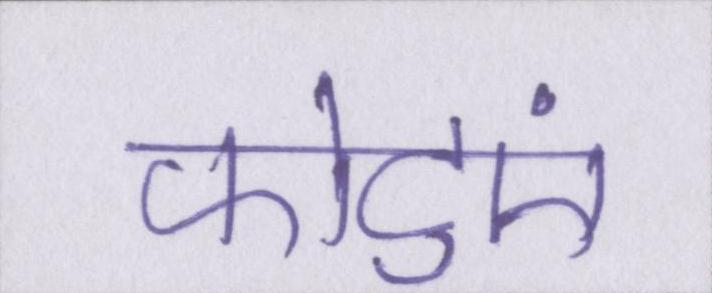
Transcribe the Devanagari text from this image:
फोटुएं